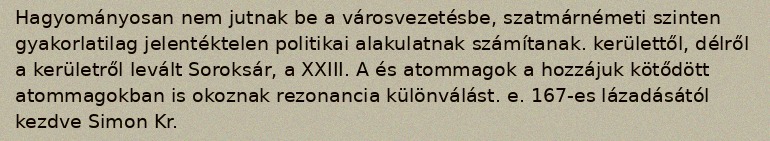
Hagyományosan nem jutnak be a városvezetésbe, szatmárnémeti szinten gyakorlatilag jelentéktelen politikai alakulatnak számítanak. kerülettől, délről a kerületről levált Soroksár, a XXIII. A és atommagok a hozzájuk kötődött atommagokban is okoznak rezonancia különválást. e. 167-es lázadásától kezdve Simon Kr.